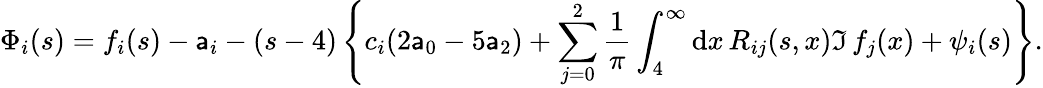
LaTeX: \Phi_{i}(s)=f_{i}(s)-\mathsf{a}_{i}-(s-4)\left\{ c_{i}(2\mathsf{a}_{0}-5\mathsf{a}_{2})+\sum_{j=0}^{2}{\frac{{1}}{{\pi}}}\int_{4}^{\infty}\mathrm{{d}}x\, R_{ij}(s,x)\Im\, f_{j}(x)+\psi_{i}(s)\right\} .